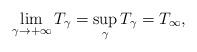
LaTeX: \begin{align*} \lim_{\gamma\to+\infty} T_\gamma= \sup_\gamma T_\gamma=T_\infty, \end{align*}